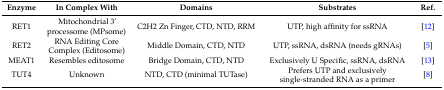
<table><thead><tr><td><b>Enzyme</b></td><td><b>In Complex With</b></td><td><b>Domains</b></td><td><b>Substrates</b></td><td><b>Ref.</b></td></tr></thead><tbody><tr><td>RET1</td><td>Mitochondrial 3’ processome (MPsome)</td><td>C2H2 Zn Finger, CTD, NTD, RRM</td><td>UTP, high affinity for ssRNA</td><td>[12]</td></tr><tr><td>RET2</td><td>RNA Editing Core Complex (Editosome)</td><td>Middle Domain, CTD, NTD</td><td>UTP, ssRNA, dsRNA (needs gRNAs)</td><td>[5]</td></tr><tr><td>MEAT1</td><td>Resembles editosome</td><td>Bridge Domain, CTD, NTD</td><td>Exclusively U Specific, ssRNA, dsRNA</td><td>[13]</td></tr><tr><td>TUT4</td><td>Unknown</td><td>NTD, CTD (minimal TUTase)</td><td>Prefers UTP and exclusively single-stranded RNA as a primer</td><td>[8]</td></tr></tbody></table>